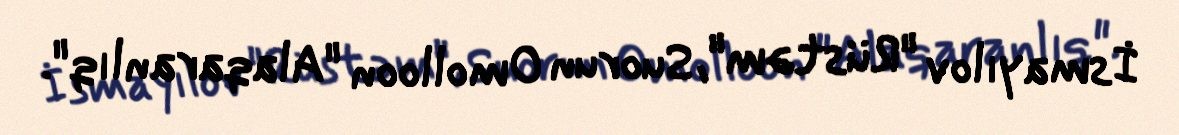
İsmayılov "Rüstəm", Suorun Omolloon "Alaqaranlıq".